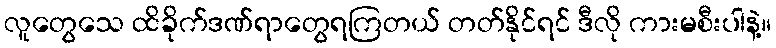
လူတွေသေ ထိခိုက်ဒဏ်ရာတွေရကြတယ် တတ်နိုင်ရင် ဒီလို ကားမစီးပါနဲ့။